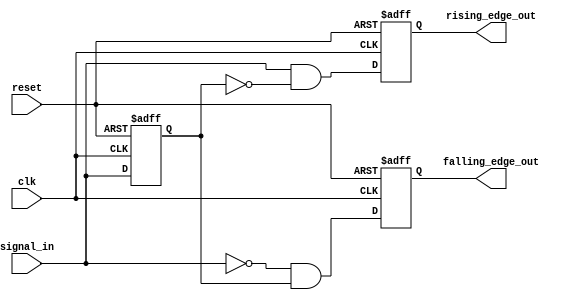
module pulse_edge_detector (
    input wire clk,            // Clock signal
    input wire reset,          // Asynchronous reset signal
    input wire signal_in,      // Input signal to detect edges
    output reg rising_edge_out,  // Pulse output for rising edge
    output reg falling_edge_out   // Pulse output for falling edge
);

    // Memory Block: Previous state of the input signal
    reg prev_signal_in;

    // Edge detection logic
    always @(posedge clk or posedge reset) begin
        if (reset) begin
            prev_signal_in <= 1'b0; // Initialize previous state to low
            rising_edge_out <= 1'b0; // Initialize rising edge output
            falling_edge_out <= 1'b0; // Initialize falling edge output
        end else begin
            // Edge detection
            rising_edge_out <= (signal_in && !prev_signal_in); // Rising edge detected
            falling_edge_out <= (!signal_in && prev_signal_in); // Falling edge detected
            
            // Update previous state
            prev_signal_in <= signal_in;
        end
    end

endmodule